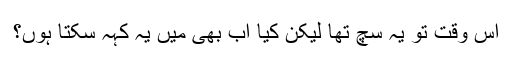
اُس وقت تو یہ سچ تھا لیکن کیا اب بھی میں یہ کہہ سکتا ہوں؟